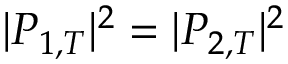
| P _ { 1 , T } | ^ { 2 } = | P _ { 2 , T } | ^ { 2 }